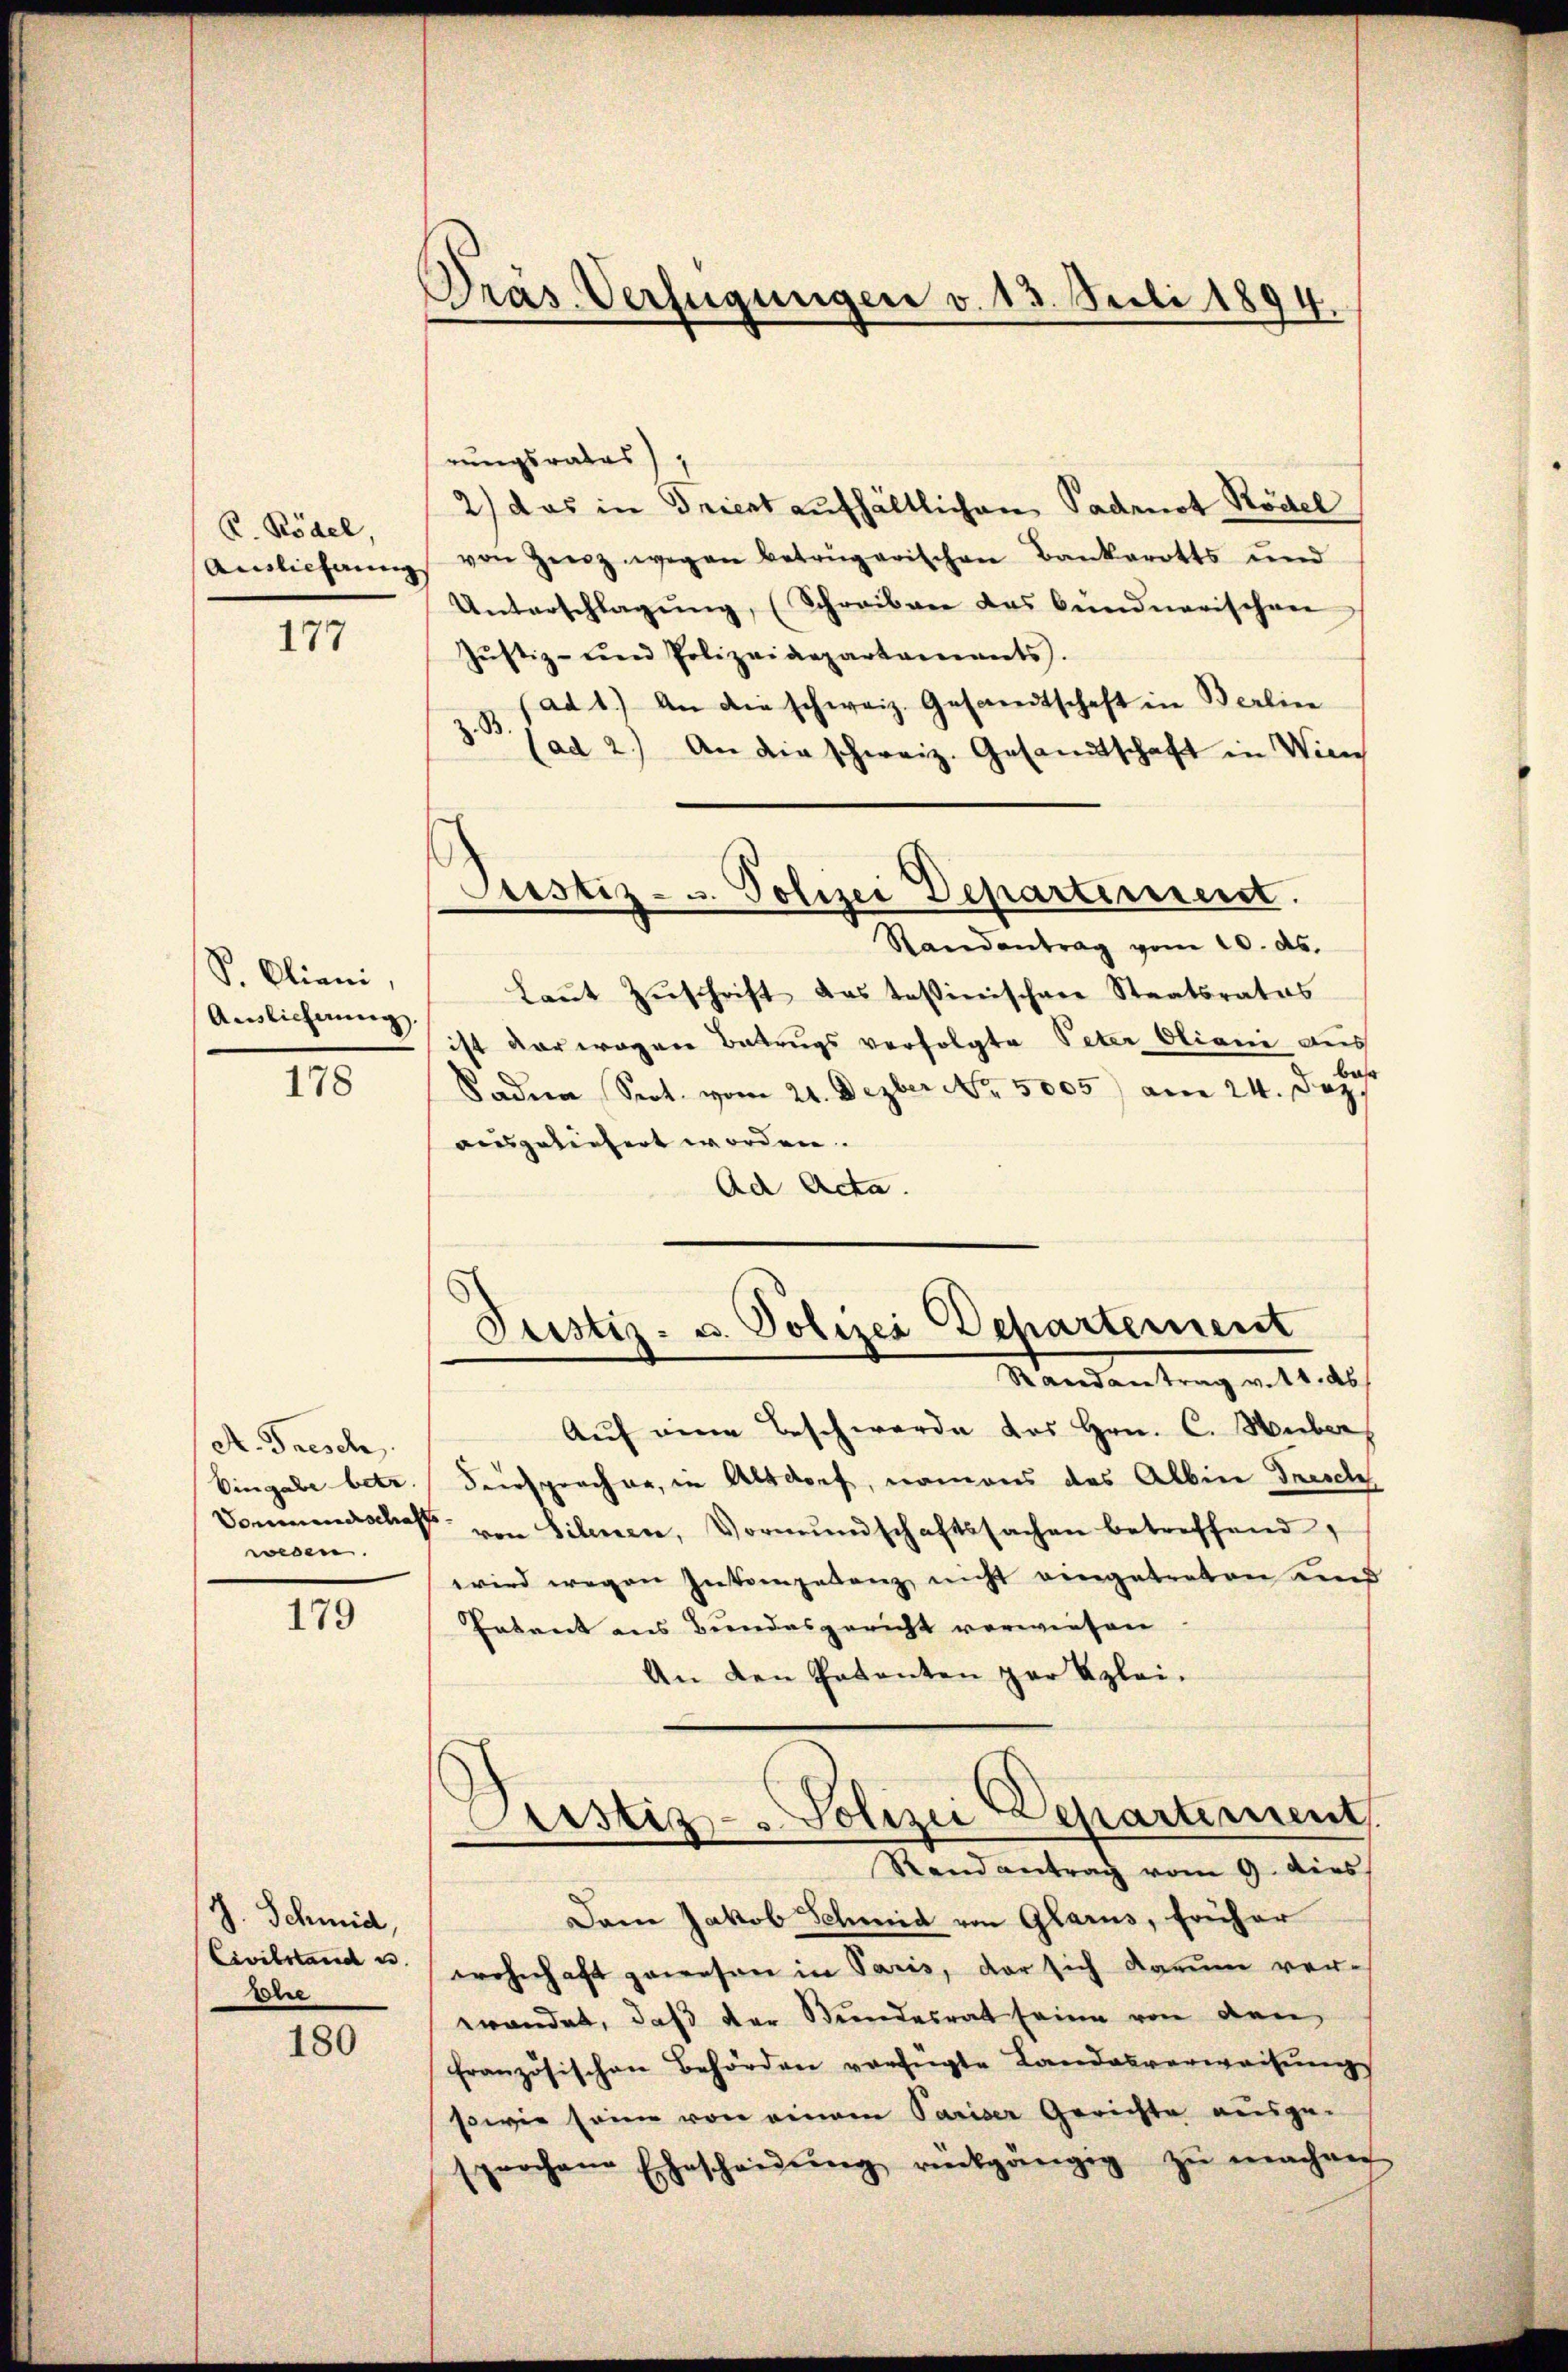
C. Rödel,
Auslieferung

177

S. Oliani,
Auslichnŭng.

178

A. Fresch
Eingabe betr.
wesen.

179

J. Schmid,
Civilstand u
Erre

180

Präs. Verfügungen v. 13. Juli 1894.

Justiz- u. Polizei Departement.

rungsrates),
2) das in Triert aufhältlichen Padeot Rödel
von Zinz wegen betrügarischen Bankerotts und
Unterschlagŭng, (Schreiber das bündnerischen
Jŭstiz- und Polizeidepartaments.
ad 1.) An die schweiz. Gesandtschaft in Berlier
3 (ad 2.) An die schweiz. Gesandtschaft in Wien
Randantrag vom 20. ds.
Laŭt Zŭschrift das tessinischen Staatsrates
ist verwogen Betrugs verfolgte Peter Oliani aus
Sodena Sept. vom 21. Dezber No. 5005) am 24. Dez.
ausgeliefert worden.
Ad Acta.
Justiz- u. Polizei Departement
Randantrag v. 18. ds.
Aŭf eine Beschwerde des Hrn. C. Huber
Feersprocher, in Altdorf, namens des Albin Dresch
Vommenschaft von Silenen, Vormŭndschaftssachen betreffend,
wird wegen Inkompetenz nicht eingetreten und
Entant aus Bundesgericht verwiesen
An den Patenten par Azlei-
Justiz - Polizei Departement
Randantrag vom 9. dies
Dam Jakob Schmid von Glarus, früher
wohnhaft gewesen in Paris, der sich darum ver-
wendet, daß der Stundesrat seine von den
französischen Behörden verfügte Landesverweisŭng
sowie seine von einem Pariser Gerichte ausge-
sprochen Ehescheidŭng rückgängig zŭ machen